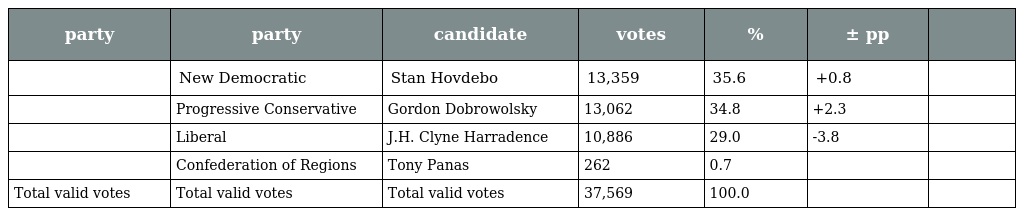
| party | party | candidate | votes | % | ± pp |  |
 | --- | --- | --- | --- | --- | --- | --- |
 |  | New Democratic | Stan Hovdebo | 13,359 | 35.6 | +0.8 |  |
 |  | Progressive Conservative | Gordon Dobrowolsky | 13,062 | 34.8 | +2.3 |  |
 |  | Liberal | J.H. Clyne Harradence | 10,886 | 29.0 | -3.8 |  |
 |  | Confederation of Regions | Tony Panas | 262 | 0.7 |  |  |
 | Total valid votes | Total valid votes | Total valid votes | 37,569 | 100.0 |  |  |